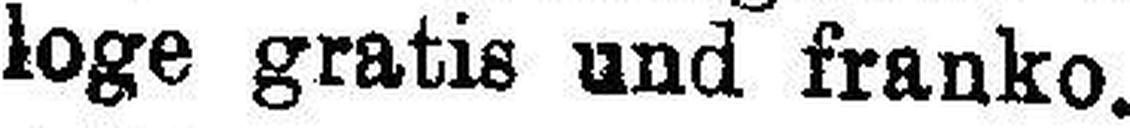
loge gratis und franko.